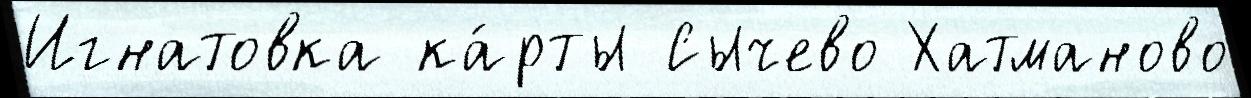
Игнатовка ка́рты Сычево Хатманово